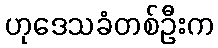
ဟုဒေသခံတစ်ဦးက